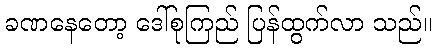
ခဏနေတော့ ဒေါ်စုကြည် ပြန်ထွက်လာ သည်။